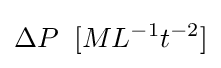
\Delta P\;\;[ML^{-1}t^{-2}]